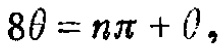
\(8\theta = n\pi+\theta,\)